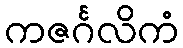
ကဇင်္ဂလိကံ